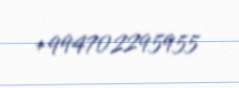
+994702295955